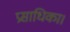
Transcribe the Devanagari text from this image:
प्रसाधिका।